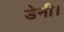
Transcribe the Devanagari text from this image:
डेनी।